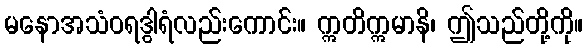
မနောအသံဝရဒွါရံလည်းကောင်း။ ဣတိဣမာနိ၊ ဤသည်တို့ကို။